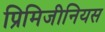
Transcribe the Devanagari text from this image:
प्रिमिजीनियस